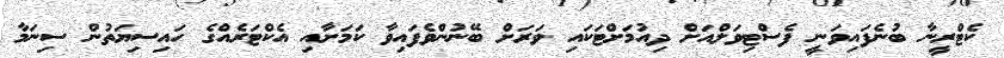
ކެޓްރީނާ ބުނެފައިވަނީ ފެސްޓިވަލްއަށް ދިއުމަށްޓަކައި ވަރަށް ބޭނުންވެފައިވާ ކަމަށާއި އެކްޓަރެއްގެ ހައިސިޔަތުން ސިނަމާ